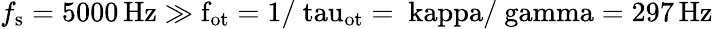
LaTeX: f_{\mathrm{s}}=5000\, \mathrm{{Hz}\gg f_{\mathrm{ot}}=1/\ tau_{\mathrm{ot}}=\ kappa/\ gamma=297\, \mathrm{{Hz}}}